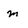
Character: m